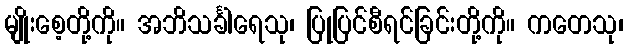
မျိုးစေ့တို့ကို။ အဘိသင်္ခါရေသု၊ ပြုပြင်စီရင်ခြင်းတို့ကို။ ကတေသု၊